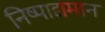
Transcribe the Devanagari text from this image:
निष्पाद्यमान